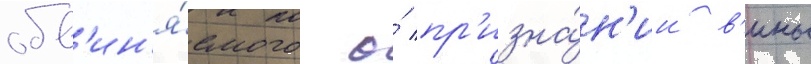
обв'ин'я́емого о́ пр'изна́н'ии в'ины